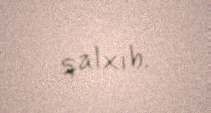
qalxıb.